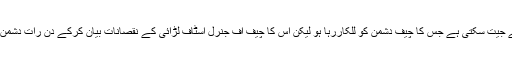
آخروہ فوج کوئی جنگ کیسے جیت سکتی ہے جس کا چیف دشمن کو للکاررہا ہو لیکن اس کا چیف آف جنرل اسٹاف لڑائی کے نقصانات بیان کرکے دن رات دشمن کی قدم بوسی میں لگا ہوا ہو۔